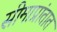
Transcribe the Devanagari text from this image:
सीमाप्रांतात